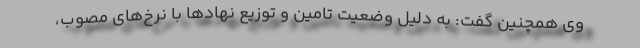
وی همچنین گفت: به دلیل وضعیت تامین و توزیع نهادها با نرخ‌های مصوب،